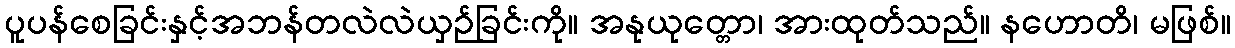
ပူပန်စေခြင်းနှင့်အဘန်တလဲလဲယှဉ်ခြင်းကို။ အနုယုတ္တော၊ အားထုတ်သည်။ နဟောတိ၊ မဖြစ်။